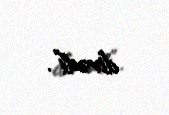
dirədi”.